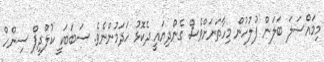
މިމައްސަލަ ބަލަން ފުލުހުން މިހާތަނަށްވެސް ގެންދިޔައީ ދެކޮޅު ހަދަމުންނެވެ. ސަބަބަކީ ކުލްދީޕް ސިންހް